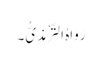
رَوَاہُ التِّرْمِذِیُّ۔